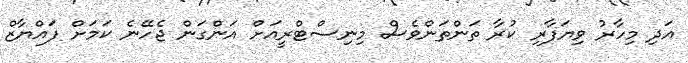
އަދި މިހާރު ވިޔަފާރި ކުރާ ތަންތަންވެސް މިނިސްޓްރީއަށް އަންގަން ޖެހޭނެ ކަމަށް ފައްޔާޒް